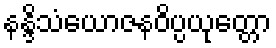
နန္ဒိသံယောဇနဝိပ္ပယုတ္တော